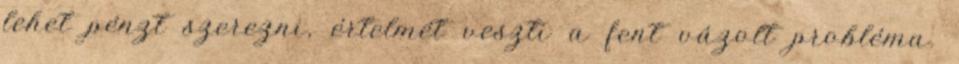
lehet pénzt szerezni, értelmét veszti a fent vázolt probléma.